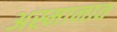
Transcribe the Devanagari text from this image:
अस्मानात